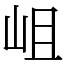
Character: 岨